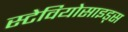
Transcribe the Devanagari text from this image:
स्टेवियोसाइड्स